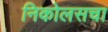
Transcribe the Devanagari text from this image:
निकोलसचा